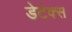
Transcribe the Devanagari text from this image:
डेटेक्स